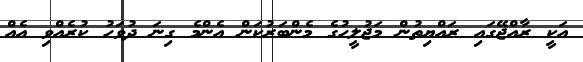
އަކީ ރާއްޖޭގައި ރައްޔިތުން މަޖުލީހުގެ މެންބަރުކަން އެންމެ ގިނަ ދުވަހު ކުރެއްވި އެއް